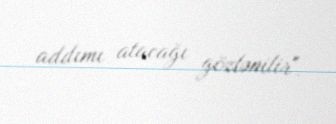
addımı atacağı gözlənilir".